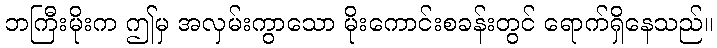
ဘကြီးမိုးက ဤမှ အလှမ်းကွာသော မိုးကောင်းစခန်းတွင် ရောက်ရှိနေသည်။